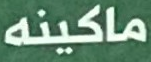
ماكينه